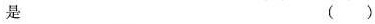
是 ()